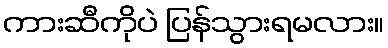
ကားဆီကိုပဲ ပြန်သွားရမလား။